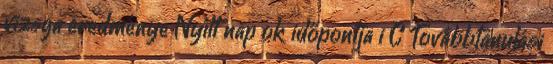
vizsga eredménye Nyílt nap ok időpontja i C Továbbtanulási